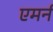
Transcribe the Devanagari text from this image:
एमर्न